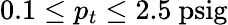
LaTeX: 0.1\leq p_{t}\leq 2.5~\mathrm{psig}